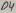
Text: D4